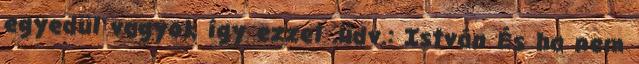
egyedül vagyok így ezzel .üdv.: István És ha nem